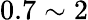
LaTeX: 0.7\sim 2